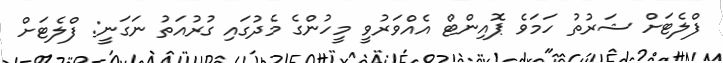
ފްލެޓަށް ޝަރުތު ހަމަވެ ޕޮއިންޓް އެއްވަރުވީ މީހުންގެ މެދުގައި ގުރުއަތު ނަގަނީ: ފްލެޓަށް